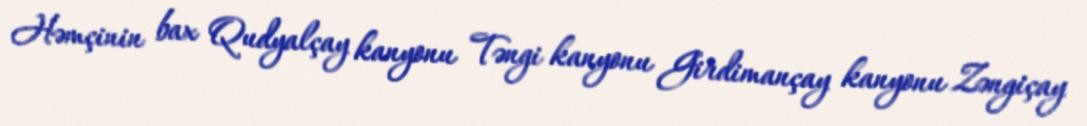
Həmçinin bax Qudyalçay kanyonu Təngi kanyonu Girdimançay kanyonu Zəngiçay